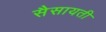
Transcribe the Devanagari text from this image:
सैसायती